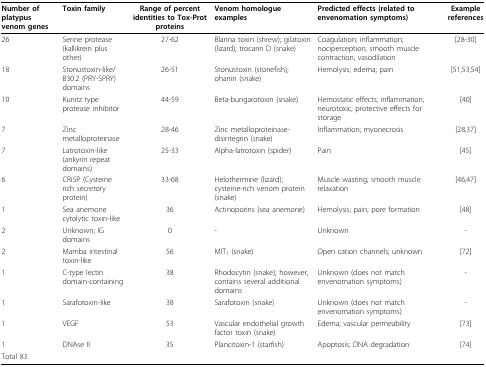
<table><thead><tr><td><b>Number of platypus venom genes</b></td><td><b>Toxin family</b></td><td><b>Range of percent identities to Tox-Prot proteins</b></td><td><b>Venom homologue examples</b></td><td><b>Predicted effects (related to envenomation symptoms)</b></td><td><b>Example references</b></td></tr></thead><tbody><tr><td>26</td><td>Serine protease (kallikrein plus other)</td><td>27-62</td><td>Blarina toxin (shrew); gilatoxin (lizard); trocarin D (snake)</td><td>Coagulation; inflammation; nociperception; smooth muscle contraction; vasodilation</td><td>[28-30]</td></tr><tr><td>18</td><td>Stonustoxin-like/B30.2 (PRY-SPRY) domains</td><td>26-51</td><td>Stonustoxin (stonefish); ohanin (snake)</td><td>Hemolysis; edema; pain</td><td>[51,53,54]</td></tr><tr><td>10</td><td>Kunitz type protease inhibitor</td><td>44-59</td><td>Beta-bungarotoxin (snake)</td><td>Hemostatic effects; inflammation; neurotoxic; protective effects for storage</td><td>[40]</td></tr><tr><td>7</td><td>Zinc metalloproteinase</td><td>28-46</td><td>Zinc metalloproteinase-disintegrin (snake)</td><td>Inflammation; myonecrosis</td><td>[28,37]</td></tr><tr><td>7</td><td>Latrotoxin-like (ankyrin repeat domains)</td><td>25-33</td><td>Alpha-latrotoxin (spider)</td><td>Pain</td><td>[45]</td></tr><tr><td>6</td><td>CRiSP (Cysteine rich secretory protein)</td><td>33-68</td><td>Helothermine (lizard); cysteine-rich venom protein (snake)</td><td>Muscle wasting; smooth muscle relaxation</td><td>[46,47]</td></tr><tr><td>1</td><td>Sea anemone cytolytic toxin-like</td><td>36</td><td>Actinoporins (sea anemone)</td><td>Hemolysis; pain; pore formation</td><td>[48]</td></tr><tr><td>2</td><td>Unknown; IG domains</td><td>0</td><td>-</td><td>Unknown</td><td>-</td></tr><tr><td>2</td><td>Mamba intestinal toxin-like</td><td>56</td><td>MIT<sub>1 </sub>(snake)</td><td>Open cation channels; unknown</td><td>[72]</td></tr><tr><td>1</td><td>C-type lectin domain-containing</td><td>38</td><td>Rhodocytin (snake); however, contains several additional domains</td><td>Unknown (does not match envenomation symptoms)</td><td>-</td></tr><tr><td>1</td><td>Sarafotoxin-like</td><td>38</td><td>Sarafotoxin (snake)</td><td>Unknown (does not match envenomation symptoms)</td><td>-</td></tr><tr><td>1</td><td>VEGF</td><td>53</td><td>Vascular endothelial growth factor toxin (snake)</td><td>Edema; vascular permeability</td><td>[73]</td></tr><tr><td>1</td><td>DNAse II</td><td>35</td><td>Plancitoxin-1 (starfish)</td><td>Apoptosis; DNA degradation</td><td>[74]</td></tr><tr><td>Total 83</td><td></td><td></td><td></td><td></td><td></td></tr></tbody></table>